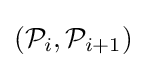
({\mathcal {P}}_{i},{\mathcal {P}}_{i+1})